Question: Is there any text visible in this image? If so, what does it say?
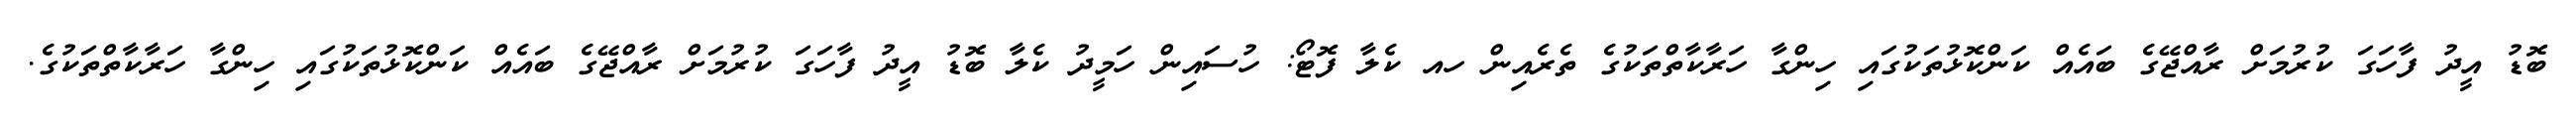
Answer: ބޮޑު އީދު ފާހަގަ ކުރުމަށް ރާއްޖޭގެ ބައެއް ކަންކޮޅުތަކުގައި ހިންގާ ހަރާކާތްތަކުގެ ތެރެއިން ހއ ކެލާ ފޮޓޯ: ހުސައިން ހަމީދު ކެލާ ބޮޑު އީދު ފާހަގަ ކުރުމަށް ރާއްޖޭގެ ބައެއް ކަންކޮޅުތަކުގައި ހިންގާ ހަރާކާތްތަކުގެ.